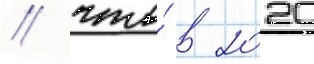
/ что́ в 2020